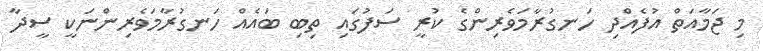
މި ޖަމާއަތް އުފެއްދި ހަނގުރާމަވެރިންގެ ކުރީ ސަފުގައި ތިބި ބައެއް ހަނގުރާމަވެރިންނަކީ ސީދާ